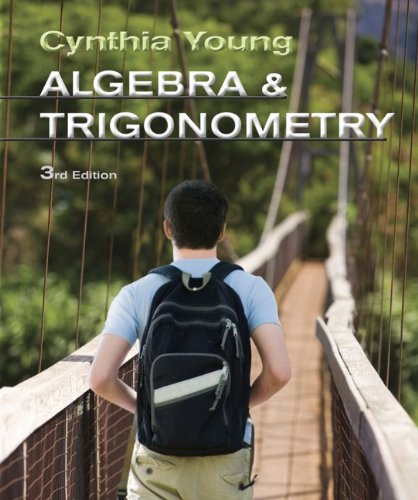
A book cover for Algebra and Trigonometry; Cynthia Y. Young; Science & Math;